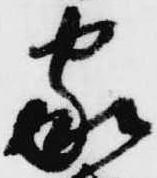
家